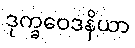
ဒုက္ခဝေဒနိယာ